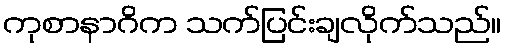
ကုစာနာဂိက သက်ပြင်းချလိုက်သည်။